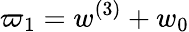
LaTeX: \varpi_{1}=w^{(3)}+w_{0}